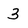
Character: 3